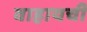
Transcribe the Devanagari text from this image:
वाहायची